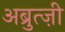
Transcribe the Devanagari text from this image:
अब्रुत्ज़ी